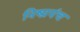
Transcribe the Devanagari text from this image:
निष्प्रपंच